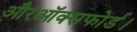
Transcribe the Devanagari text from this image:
औरऑक्सफोर्ड।